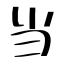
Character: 当